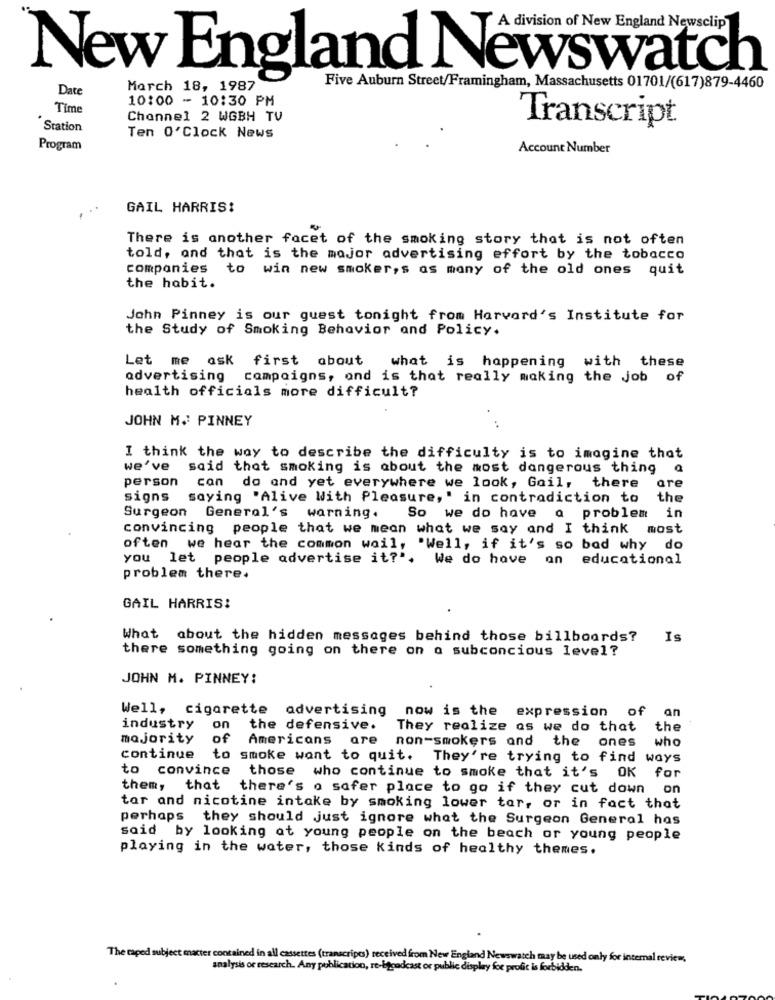
A division of New England Newsclip
New England Newswatch
Date
March 18, 1987
Five Auburn Street/Framingham, Massachusetts 01701/(617)879-4460
10:00 - 10:30 PM
Time
Channel 2 WGBH TV
Station
Transcript
Ten O'Clock News
Program
Account Number
GAIL HARRIS!
There is another facet of the smoking story that is not often
told, and that is the major advertising effort by the tobacco
companies to win new smoker,s as many of the old ones quit
the habit.
John Pinney is our guest tonight from Harvard's Institute for
the Study of Smoking Behavior and Policy.
Let me ask first about what is happening with these
advertising
campaigns, and is that really making the job of
health officials more difficult?
JOHN M. PINNEY
I think the way to describe the difficulty is to imagine that
we've said that smoking is about the most dangerous thing a
person can
do and yet everywhere we look, Gail,
there
are
signs
saying "Alive With Pleasure,' in contradiction to
the
in
Surgeon General's warning. So we do have a problem
convincing people that we mean what we say and I think most
often we hear the common wail, "Well, if it's so bad why
do
you let people advertise it?". We do have an educational
problem there.
GAIL HARRIS!
What about the hidden messages behind those billboards?
Is
there something going on there on o subconcious level?
JOHN M. PINNEY:
Well, cigarette advertising
an
now is the expression of
industry on
the defensive.
They realize as we do that
the
majority
of
Americans are
non-smokers and
who
the ones
continue
to smoke want to quit. They're trying to find ways
to convince
those who continue to smoke that it's OK for
them, that
there's a safer place to go if they cut down
on
tar and nicotine intake by smoking lower tar, or in fact that
perhaps they should just ignore what the Surgeon General has
said by looking at young people on the beach or young people
playing in the water, those kinds of healthy themes.
The raped subject matter contained in all cassettes (transcripts) received from New England Newswatch may be used only for internal review.
analysis or research. Any publication, re-broadcast or public display for profit is forbidden.